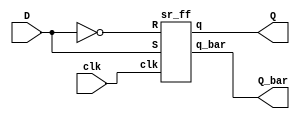
module d_ff(clk,D,Q,Q_bar);
input clk, D;
output Q,Q_bar;

sr_ff SRF(clk, D,~D, Q,Q_bar );
endmodule


module sr_ff(clk,S,R, q,q_bar);
input clk,S,R;
output reg q;
output q_bar;

always@(posedge clk)
begin
  case({S,R})
    2'b00: q <= q;
  2'b01: q <= 1'b0;
  2'b10: q <= 1'b1;
  2'b11: q <= 1'bx;
  endcase
end

assign q_bar = ~q;
endmodule